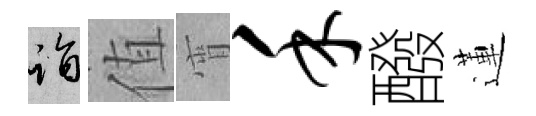
诣值宵禾醱蓮